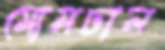
মোমঢাল